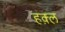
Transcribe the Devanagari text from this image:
हक़्ल